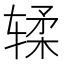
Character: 𫐓